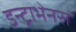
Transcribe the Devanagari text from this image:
इन्ट्राभेनस